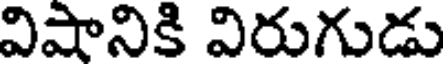
విషానికి విరుగుడు